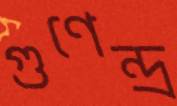
গুণেন্দ্র